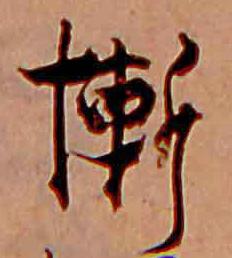
慚